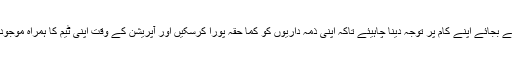
انہوں نے کہا کہ وزیر موصوف کو الزام تراشیوں کے بجائے اپنے کام پر توجہ دینا چاہیئے تاکہ اپنی ذمہ داریوں کو کما حقہ پورا کرسکیں اور آپریشن کے وقت اپنی ٹیم کا ہمراہ موجود ہوں نا کہ دفتر میں بیٹھ کر اجلاس پہ اجلاس کریں۔